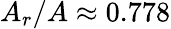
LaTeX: A_{r}/A\approx 0.778